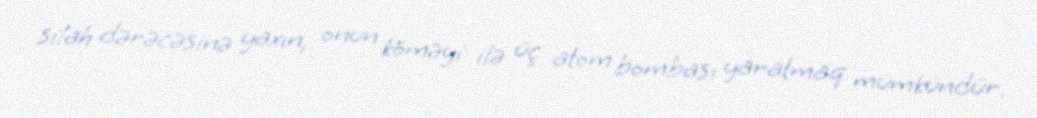
silah dərəcəsinə yaxın, onun köməyi ilə üç atom bombası yaratmaq mümkündür.